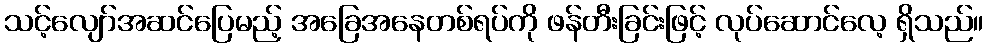
သင့်လျော်အဆင်ပြေမည့် အခြေအနေတစ်ရပ်ကို ဖန်တီးခြင်းဖြင့် လုပ်ဆောင်လေ့ ရှိသည်။